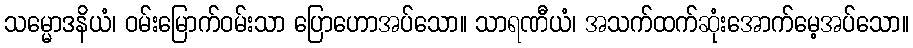
သမ္မောဒနိယံ၊ ဝမ်းမြောက်ဝမ်းသာ ပြောဟောအပ်သော။ သာရဏီယံ၊ အသက်ထက်ဆုံးအောက်မေ့အပ်သော။